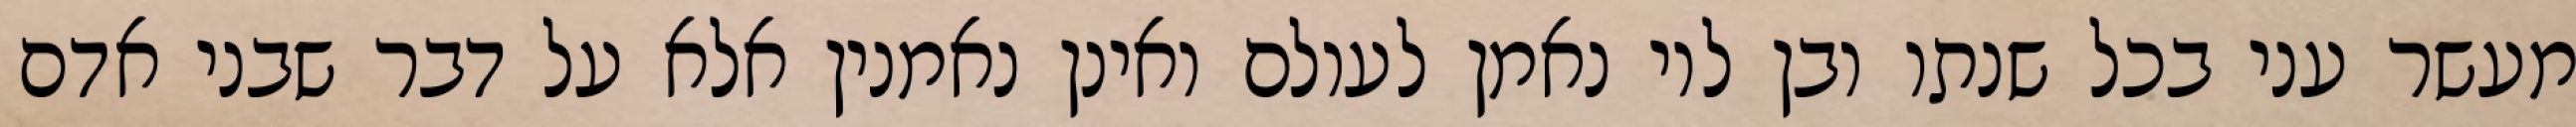
מעשר עני בכל שנתו ובן לוי נאמן לעולם ואינן נאמנין אלא על דבר שבני אדם